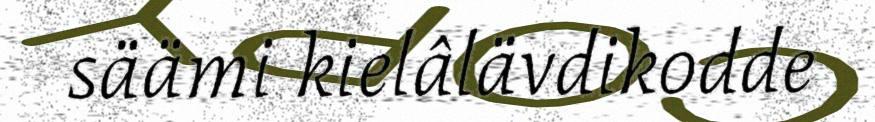
säämi kielâlävdikodde